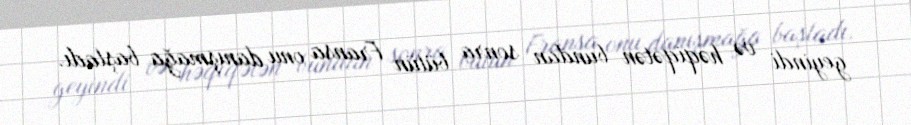
geyindi və həqiqətən bundan sonra bütün Fransa onu danışmağa başladı.